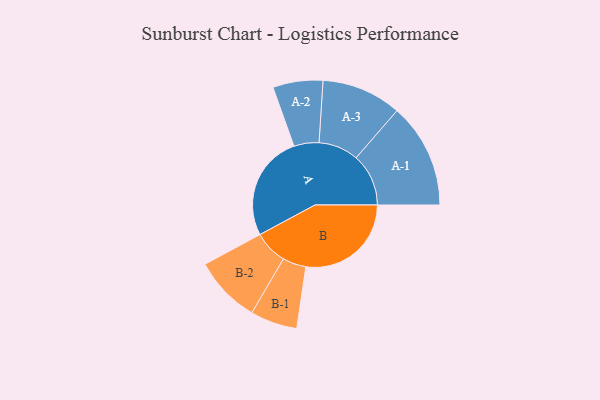
{"axis": {"x": "Segment", "y": "Value"}, "legend": ["", "A", "B"], "data": [{"x": "A", "y": 481, "type": ""}, {"x": "B", "y": 480, "type": ""}, {"x": "A-1", "y": 239, "type": "A"}, {"x": "A-2", "y": 114, "type": "A"}, {"x": "A-3", "y": 182, "type": "A"}, {"x": "B-1", "y": 107, "type": "B"}, {"x": "B-2", "y": 153, "type": "B"}]}